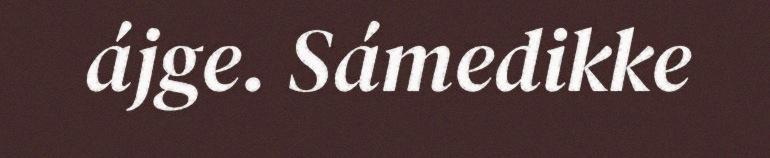
ájge. Sámedikke